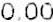
0.00